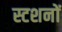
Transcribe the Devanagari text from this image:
स्टशनों